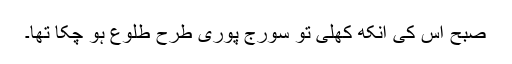
صبح اس کی آنکھ کھلی تو سورج پوری طرح طلوع ہو چکا تھا۔